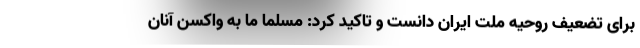
برای تضعیف روحیه ملت ایران دانست و تاکید کرد: مسلماً ما به واکسن آنان